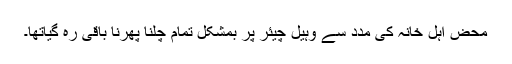
محض اہل خانہ کی مدد سے وہیل چیئر پر بمشکل تمام چلنا پھرنا باقی رہ گیاتھا۔